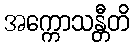
အက္ကောသန္တီတိ